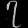
Digit: ၇